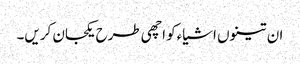
ان تینوں اشیاءکو اچھی طرح یکجان کریں۔